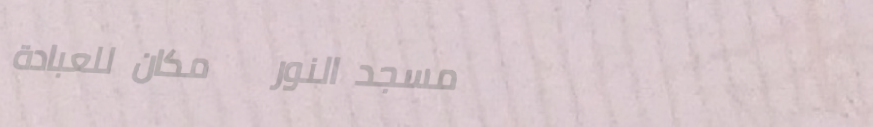
مسجد النور   مكان للعبادة